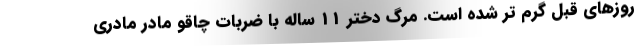
روزهای قبل گرم تر شده است. مرگ دختر 11 ساله با ضربات چاقو مادر مادری